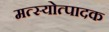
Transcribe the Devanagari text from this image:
मत्स्योत्पादक